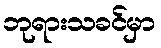
ဘုရားသခင်မှာ